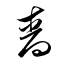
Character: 嗇